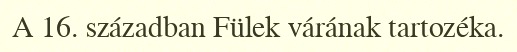
A 16. században Fülek várának tartozéka.